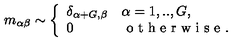
m _ { \alpha \beta } \sim \left\{ \begin{array} { l l } { \delta _ { \alpha + G , \beta } } & { \alpha = 1 , . . , G , } \\ { 0 } & { \textrm { o t h e r w i s e } . } \\ \end{array} \right.